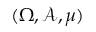
( \Omega , \mathcal { A } , \mu )